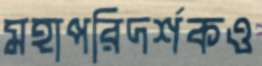
মহাপরিদর্শকও